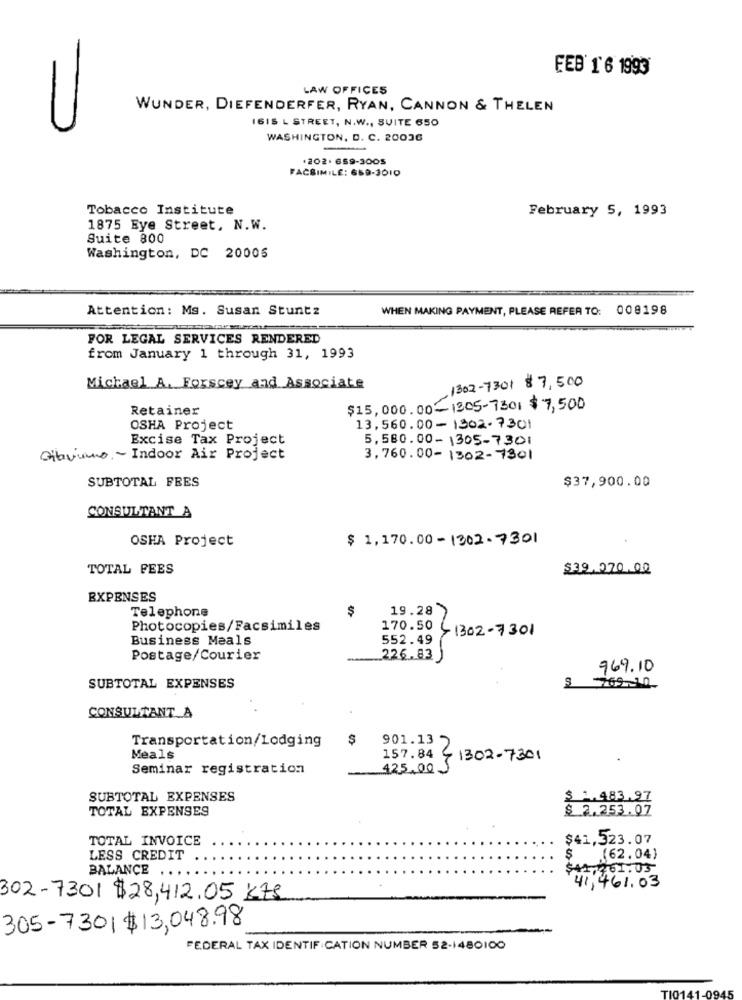
EEB' 1' 6 1993
LAW OFFICES
WUNDER, DIEFENDERFER, RYAN, CANNON & THELEN
1615 L STREET, N.W ., SUITE 650
WASHINGTON, D. C. 20036
.202. 659-3005
FACSIMILE: 659-3010
Tobacco Institute
February 5, 1993
1875 Eye Street. N.W.
Suite 800
Washington, DC 20005
Attention: Ms. Susan Stuntz
WHEN MAKING PAYMENT, PLEASE REFER TO: 008198
FOR LEGAL SERVICES RENDERED
from January 1 through 31, 1993
1302-7301 $7,500
Michael A. Forscey and Associate
Retainer
$15,000.00-1305-7301 $ 7,500
OSHA Project
13,560.00- 1302-7301
Excise Tax Project
5,580.00-1305-7301
Gibiuno, ~ Indoor Air Project
3,760.00-1302-7301
SUBTOTAL FRES
$37,900.00
CONSULTANT A
OSHA Project
$ 1,170.00-1302.7301
TOTAL FEES
$39,070.00
EXPENSES
Telephone
$
19.28
Photocopies/Facsimiles
Business Meals
552.49
170.50 -1302-7301
Postage/Courier
226.83
969.10
SUBTOTAL EXPENSES
769-10-
CONSULTANT A
Transportation/Lodging
$
901.13
Meals
157.84
1302-7301
Seminar registration
425,00 S
SUBTOTAL EXPENSES
$ 1.483.97
TOTAL EXPENSES
$ 2.253.07
TOTAL INVOICE
$41,523.07
LESS CREDIT
$
(62.04)
BALANCE
$41
261.03
41,461.03
302-7301 $28,412.05 K7S
305-7301$13,048.98
FEDERAL TAX IDENTIFICATION NUMBER 52-1480100
TIO1